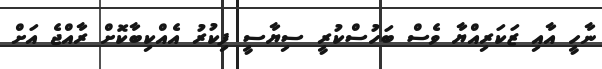
ނާހީ އާއި ޒަކަރިއްޔާ ވެސް ބަހުސްކުރީ ސިޔާސީ ފިކުރު އެއްކިބާކޮށް ރާއްޖެ އަށް